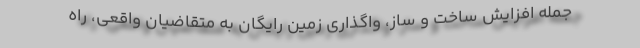
جمله افزایش ساخت و ساز، واگذاری زمین رایگان به متقاضیان واقعی، راه